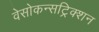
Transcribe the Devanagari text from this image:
वेसोकन्सट्रिक्शन